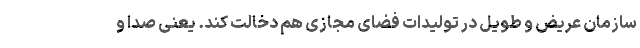
سازمان عریض و طویل در تولیدات فضای مجازی هم دخالت کند. یعنی صدا و